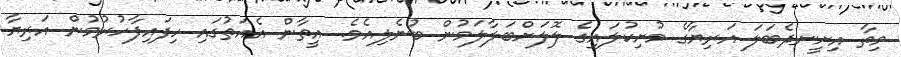
މިތާ އިށީނދެބަލަ އަރިޔާގެ މުށިކުލައިގެ ލޮލަށްބަލާލަމުން ބުނެލިއެވެ. އީތާން އެއަތުގައި ހިފައިފާހުރުމުން އަރިޔާ